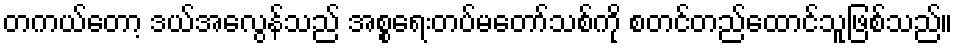
တကယ်တော့ ဒယ်အေလွန်သည် အစ္စရေးတပ်မတော်သစ်ကို စတင်တည်ထောင်သူဖြစ်သည်။